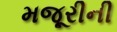
મજૂરીની